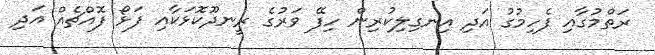
ރަތްމުގާއި ފެހިމުގު އަދި އިނގިލިކުރިން ހިފޭ ވަރުގެ ރީނދޫކޮޅަކާއި ފަޅޯ ފޮއްޗެއް އަދި